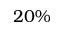
2 0 \%